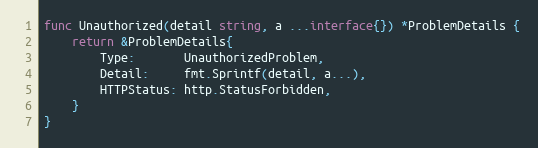
Language: Go
func Unauthorized(detail string, a ...interface{}) *ProblemDetails {
	return &ProblemDetails{
		Type:       UnauthorizedProblem,
		Detail:     fmt.Sprintf(detail, a...),
		HTTPStatus: http.StatusForbidden,
	}
}